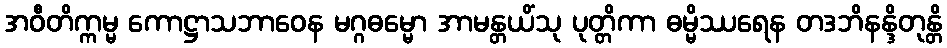
အဝီတိက္ကမ္မ ကောဋ္ဌာသဘာဝေန မဂ္ဂဓမ္မော အာမန္တယိံသု ပုတ္တိကာ ဓမ္မိဿရေန တဒဘိနန္ဒိတုန္တိ